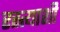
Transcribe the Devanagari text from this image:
रस्त्याशी